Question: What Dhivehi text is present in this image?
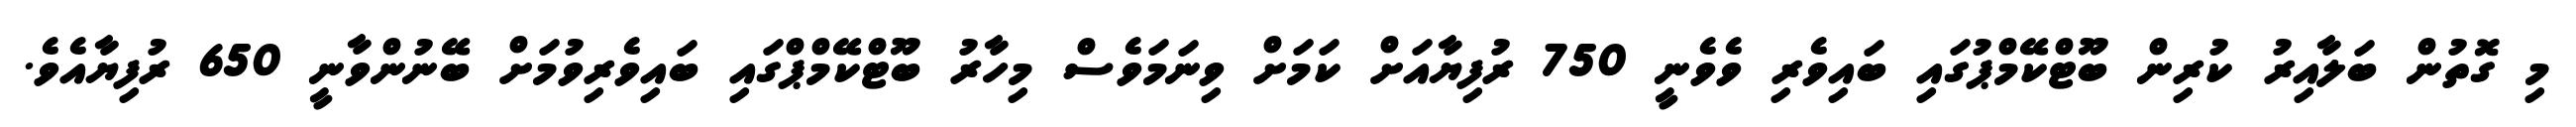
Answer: މި ގޮތުން ބަލާއިރު ކުރިން ބޫޓްކޭމްޕުގައި ބައިވެރި ވެވެނީ 750 ރުފިޔާއަށް ކަމަށް ވިނަމަވެސް މިހާރު ބޫޓްކޭމްޕްގައި ބައިވެރިވުމަށް ބޭނުންވާނީ 650 ރުފިޔާއެވެ.